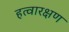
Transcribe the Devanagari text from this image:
हत्वारक्षण